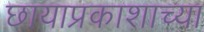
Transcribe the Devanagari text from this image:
छायाप्रकाशाच्या